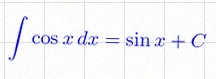
\int \cos x\,dx=\sin x+C